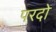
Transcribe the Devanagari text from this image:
परदो